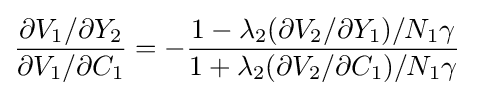
{\frac {\partial V_{1}/\partial Y_{2}}{\partial V_{1}/\partial C_{1}}}=-{\frac {1-\lambda _{2}(\partial V_{2}/\partial Y_{1})/N_{1}\gamma }{1+\lambda _{2}(\partial V_{2}/\partial C_{1})/N_{1}\gamma }}\;